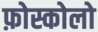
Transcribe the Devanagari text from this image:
फ़ोस्कोलो